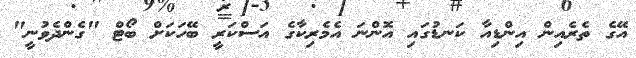
އޭގެ ތެރެއިން އިންޑިއާ ކަނޑުގައި އޮންނަ އެމެރިކާގެ އަސްކަރީ ބޭހަކަށް ބޯޓް "ގެންދެވުނީ"